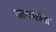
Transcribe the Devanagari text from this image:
पालकरांना